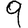
Digit: 9